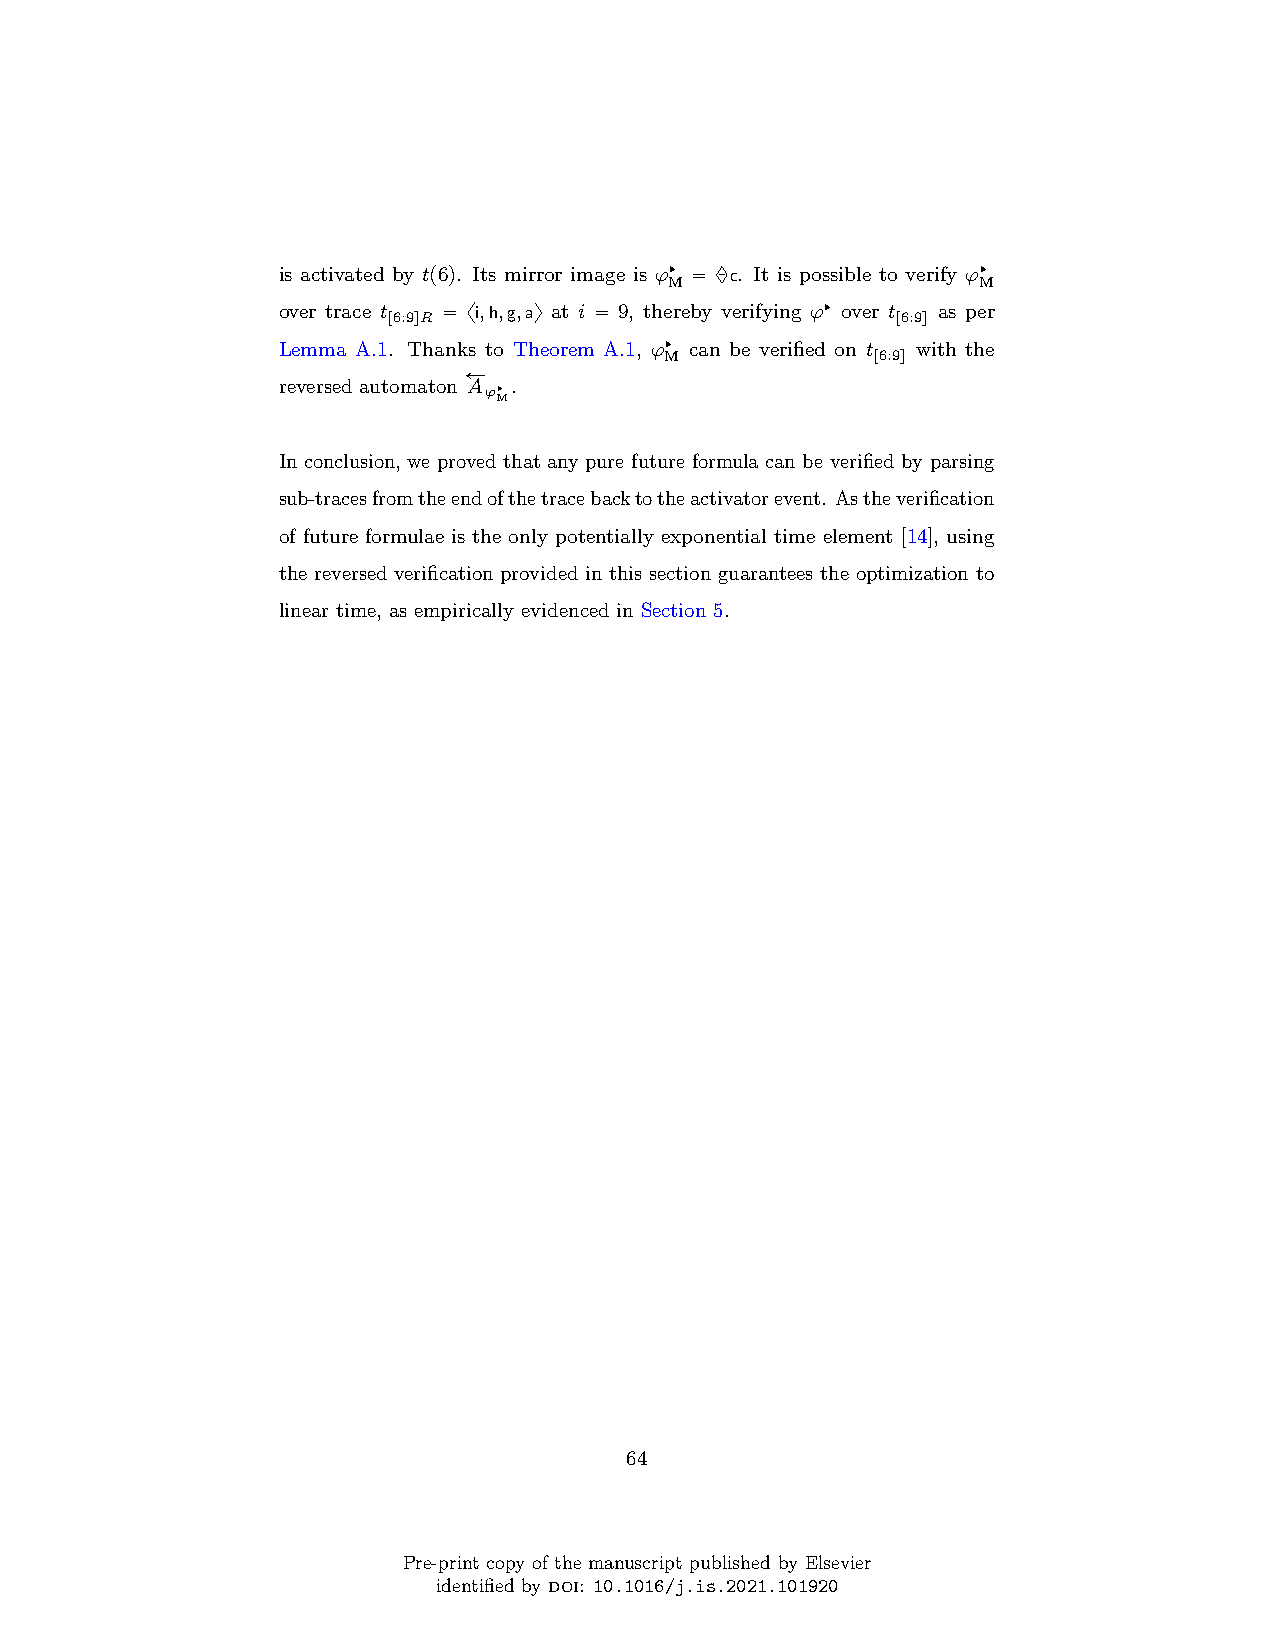
is activated by tp6q. Its mirror image is ϕ§ “ ♦ c. It is possible to verify ϕ§
 M                    M
 over trace t “ xi,h,g,ay at i “ 9, thereby verifying ϕ§ over t as per
 r6:9sR                           r6:9s
 Lemma A.1. Thanks to Theorem A.1, ϕ§ can be verified on t with the
 M             r6:9s
 ÐÝ
 reversed automaton A .
 ϕ§
 M
 In conclusion, we proved that any pure future formula can be verified by parsing
 sub-tracesfromtheendofthetracebacktotheactivatorevent. Astheverification
 of future formulae is the only potentially exponential time element [14], using
 the reversed verification provided in this section guarantees the optimization to
 linear time, as empirically evidenced in Section 5.
 64
 Pre-print copy of the manuscript published by Elsevier
 identified by doi: 10.1016/j.is.2021.101920